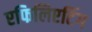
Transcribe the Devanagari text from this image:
एफिलिएटिंग